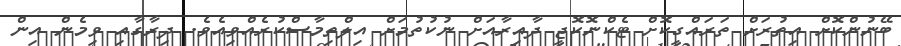
ބޭނުންކޮށް އިތުރަށް ތަރައްގީކޮށް ޓެކްނޮކޮޖީ ދާއިރާއަށް ނުކުތުމަށް އިލްތިމާސްކުރެއްވިއެވެ. ދިރާގާއި ވިމެން އިން